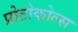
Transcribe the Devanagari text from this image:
प्रोटोकोल्स